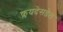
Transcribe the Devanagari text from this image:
क्लयदेसडेल